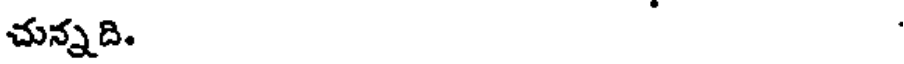
చున్నది.